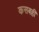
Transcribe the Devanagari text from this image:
कसबही